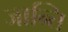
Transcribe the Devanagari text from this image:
जान्ति